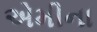
એમીના